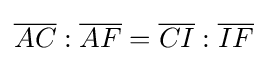
{\overline {AC}}:{\overline {AF}}={\overline {CI}}:{\overline {IF}}